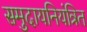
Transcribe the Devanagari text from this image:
समुदायनियंत्रित